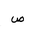
Letter: _sad